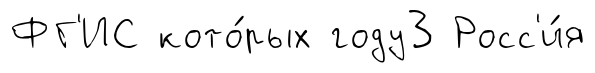
ФГ'ИС кото́рых году3 Росс'и́я